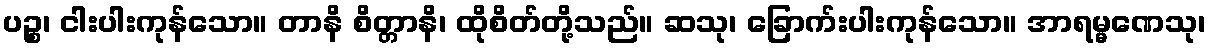
ပဉ္စ၊ ငါးပါးကုန်သော။ တာနိ စိတ္တာနိ၊ ထိုစိတ်တို့သည်။ ဆသု၊ ခြောက်းပါးကုန်သော။ အာရမ္မဏေသု၊